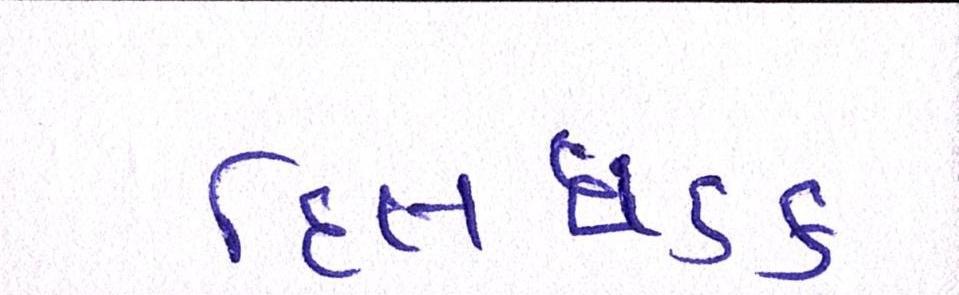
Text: દિલધડક